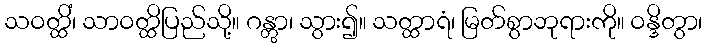
သဝတ္ထိံ၊ သာဝတ္ထိပြည်သို့။ ဂန္တွာ၊ သွား၍။ သတ္ထာရံ၊ မြတ်စွာဘုရားကို။ ဝန္ဒိတွာ၊